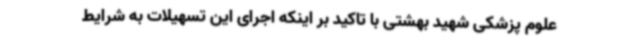
علوم پزشکی شهید بهشتی با تاکید بر اینکه اجرای این تسهیلات به شرایط